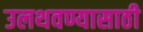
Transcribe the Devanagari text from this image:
उलथवण्यासाठी